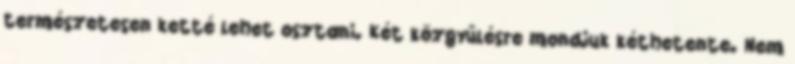
természetesen ketté lehet osztani. Két közgyűlésre mondjuk kéthetente. Nem